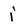
Character: j